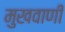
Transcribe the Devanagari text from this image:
मुखवाणी